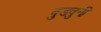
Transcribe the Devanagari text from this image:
बुडवुनी